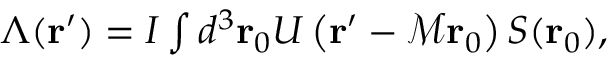
\begin{array} { r } { \Lambda ( \mathbf { r } ^ { \prime } ) = I \int d ^ { 3 } \mathbf { r } _ { 0 } U \left( \mathbf { r } ^ { \prime } - \mathcal { M } \mathbf { r } _ { 0 } \right) S ( \mathbf { r } _ { 0 } ) , } \end{array}